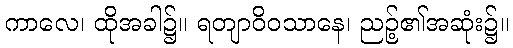
ကာလေ၊ ထိုအခါ၌။ ရတျာဝိဝသာနေ၊ ညဉ့်၏အဆုံး၌။